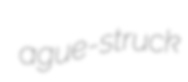
ague-struck